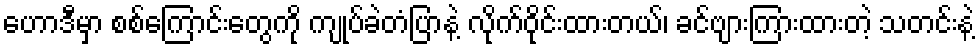
ဟောဒီမှာ စစ်ကြောင်းတွေကို ကျုပ်ခဲတံပြာနဲ့ လိုက်ဝိုင်းထားတယ်၊ ခင်ဗျားကြားထားတဲ့ သတင်းနဲ့